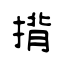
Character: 揹